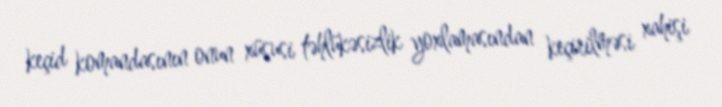
keçid komandasının onun xüsusi təhlükəsizlik yoxlamasından keçirilməsi xahişi